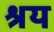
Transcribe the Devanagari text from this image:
श्रय